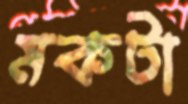
মকটা